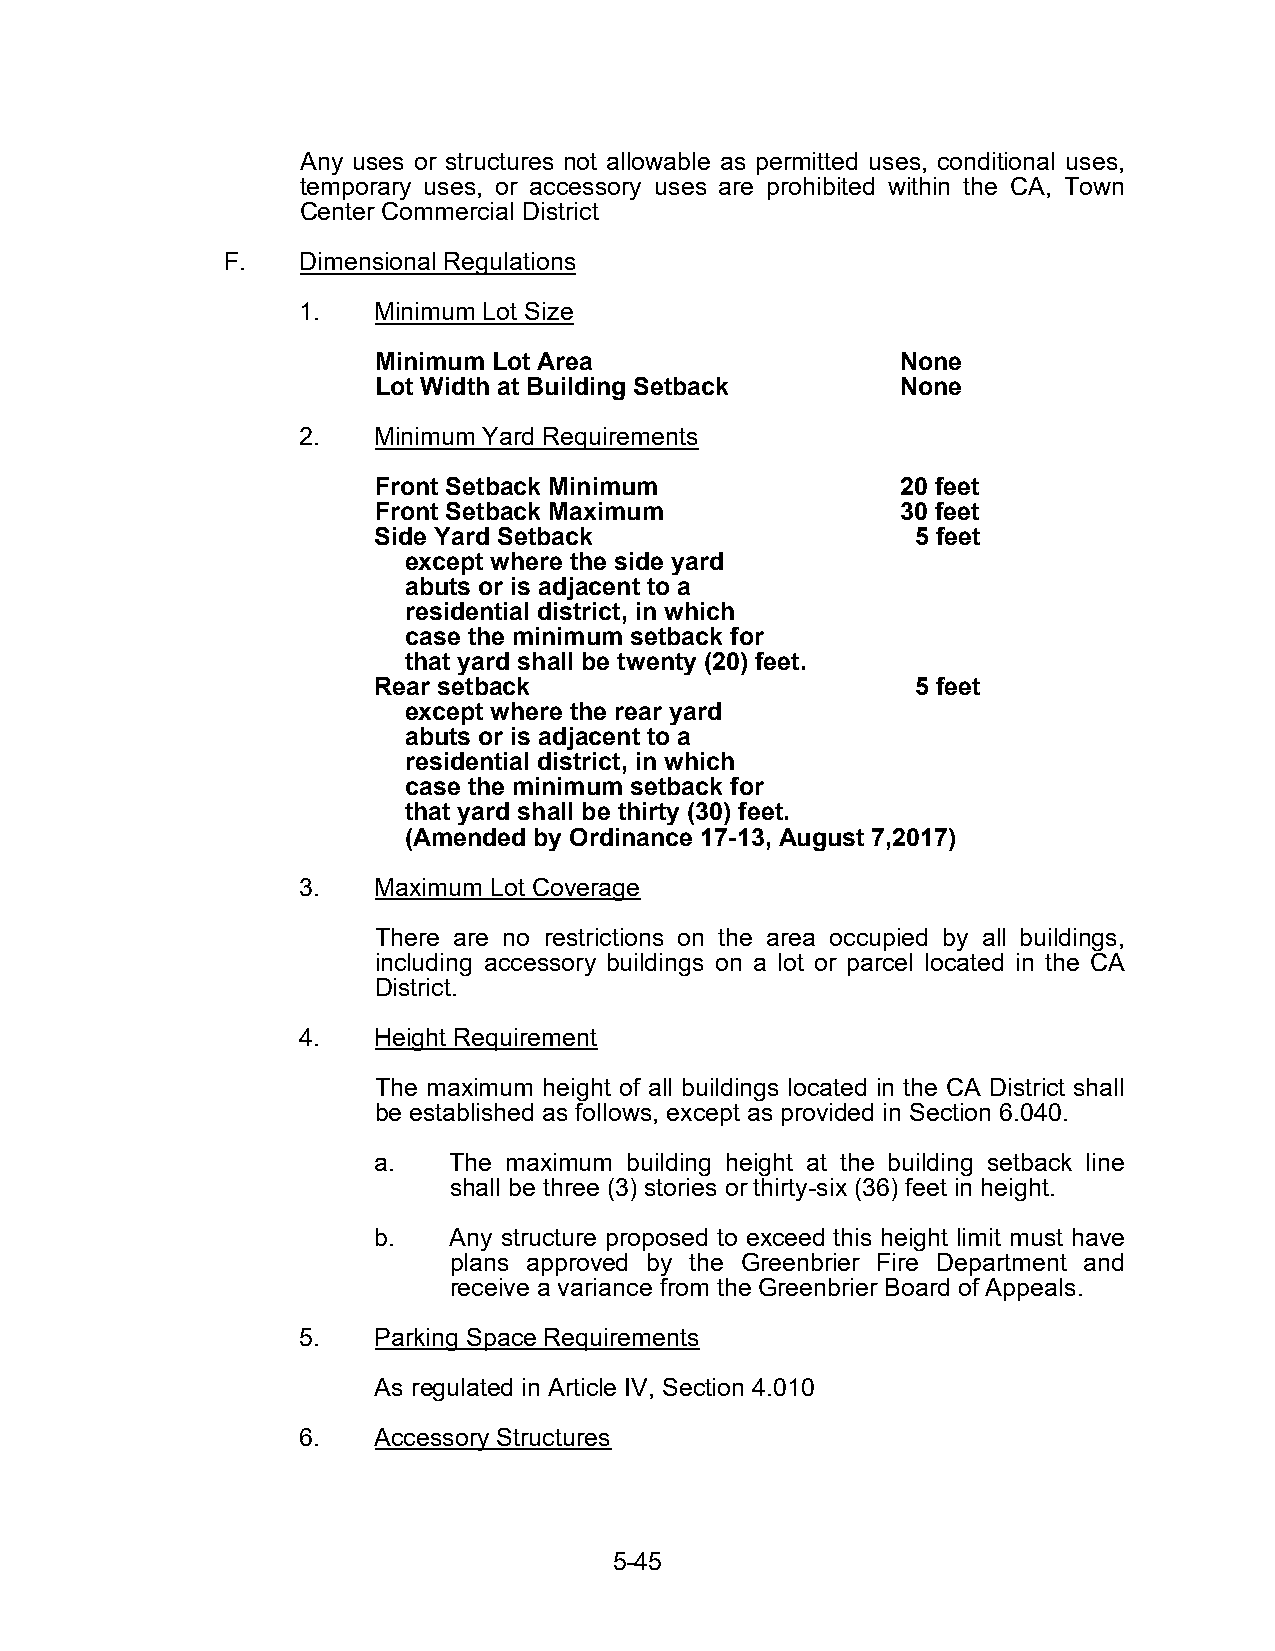
Any uses or structures not allowable as permitted uses, conditional uses,
 temporary uses, or accessory uses are prohibited within the CA, Town
 Center Commercial District
 F.   Dimensional Regulations
 1.   Minimum Lot Size
 Minimum Lot Area                   None
 Lot Width at Building Setback      None
 2.   Minimum Yard Requirements
 Front Setback Minimum              20 feet
 Front Setback Maximum              30 feet
 Side Yard Setback                   5 feet
 except where the side yard
 abuts or is adjacent to a
 residential district, in which
 case the minimum setback for
 that yard shall be twenty (20) feet.
 Rear setback                        5 feet
 except where the rear yard
 abuts or is adjacent to a
 residential district, in which
 case the minimum setback for
 that yard shall be thirty (30) feet.
 (Amended by Ordinance 17-13, August 7,2017)
 3.   Maximum Lot Coverage
 There are no restrictions on the area occupied by all buildings,
 including accessory buildings on a lot or parcel located in the CA
 District.
 4.   Height Requirement
 The maximum height of all buildings located in the CA District shall
 be established as follows, except as provided in Section 6.040.
 a.   The maximum building height at the building setback line
 shall be three (3) stories or thirty-six (36) feet in height.
 b.   Any structure proposed to exceed this height limit must have
 plans approved by the Greenbrier Fire Department and
 receive a variance from the Greenbrier Board of Appeals.
 5.   Parking Space Requirements
 As regulated in Article IV, Section 4.010
 6.   Accessory Structures
 5-45